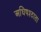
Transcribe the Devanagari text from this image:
अधिषश्ठाता